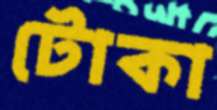
টোকা